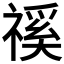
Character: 𥛎